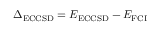
\Delta _ { \mathrm { E C C S D } } = E _ { \mathrm { E C C S D } } - E _ { \mathrm { F C I } }